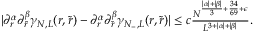
\begin{array} { r } { | \partial _ { r } ^ { \alpha } \partial _ { \tilde { r } } ^ { \beta } \gamma _ { N , L } ( r , \tilde { r } ) - \partial _ { r } ^ { \alpha } \partial _ { \tilde { r } } ^ { \beta } \gamma _ { N _ { - } , L } ( r , \tilde { r } ) | \leq c \frac { N ^ { \frac { | \alpha | + | \beta | } { 3 } + \frac { 3 4 } { 6 9 } + \epsilon } } { L ^ { 3 + | \alpha | + | \beta | } } . } \end{array}